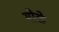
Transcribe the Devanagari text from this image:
मोळे